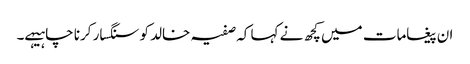
ان پیغامات میں کچھ نے کہا کہ صفیہ خالد کو سنگسار کرنا چاہیہے۔